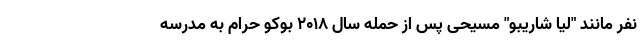
نفر مانند "لیا شاریبو" مسیحی پس از حمله سال 2018 بوکو حرام به مدرسه